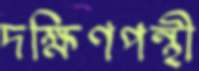
দক্ষিণপন্থী